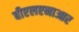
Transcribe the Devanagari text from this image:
बीएलएनाआर